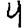
Digit: 4